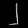
Digit: ၂